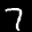
Label: 7